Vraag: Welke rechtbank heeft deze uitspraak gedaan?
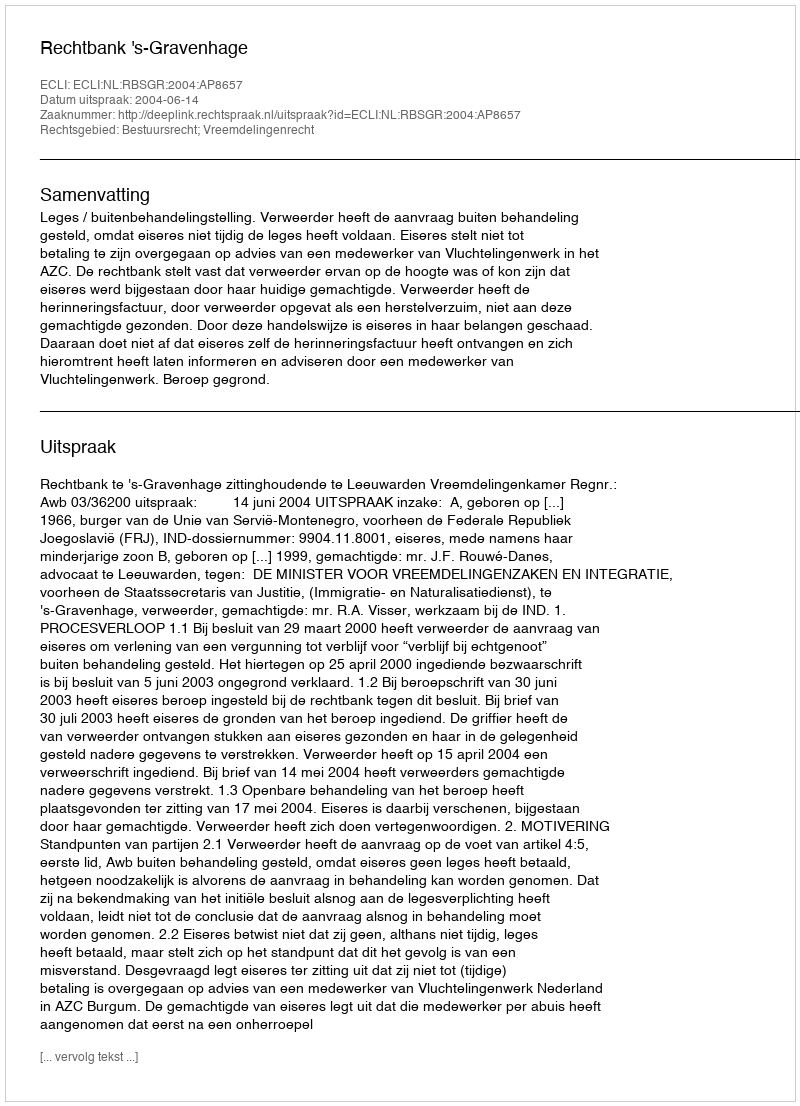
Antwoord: Rechtbank 's-Gravenhage